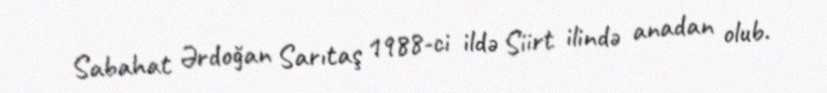
Sabahat Ərdoğan Sarıtaş 1988-ci ildə Siirt ilində anadan olub.